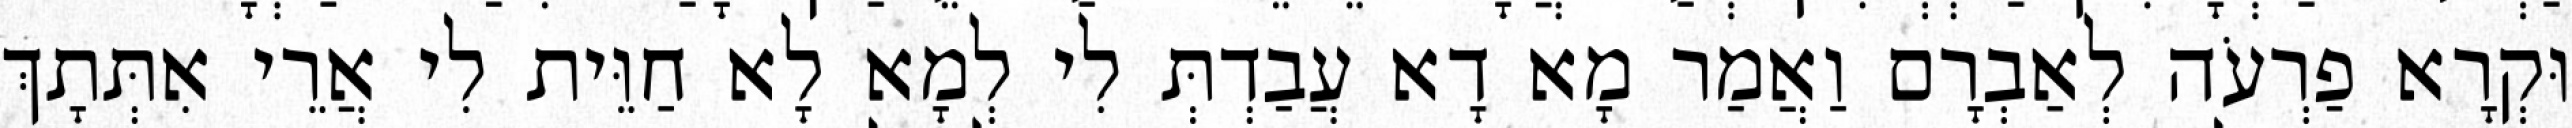
וּקְרָא פַרְעֹה לְאַבְרָם וַאֲמַר מָא דָא עֲבַדְתְּ לִי לְמָא לָא חַוֵּית לִי אֲרֵי אִתְּתָךְ